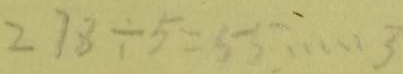
2 7 8 \div 5 = 5 5 \cdots 3